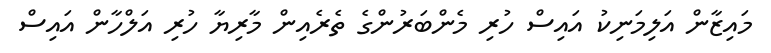
މައިޒާން އަލިމަނިކު އައިސް ހުރި މެންބަރުންގެ ތެރެއިން މާރިޔާ ހުރި އަލްހާން އައިސް